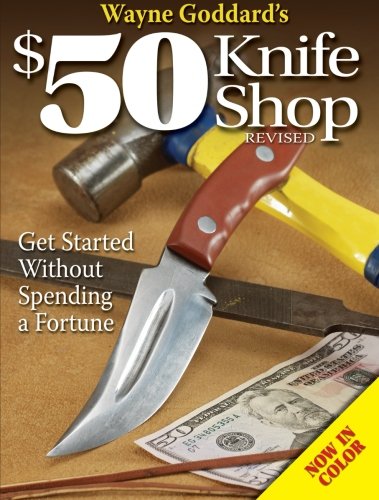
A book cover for Wayne Goddard's $50 Knife Shop, Revised; Wayne Goddard; Crafts, Hobbies & Home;